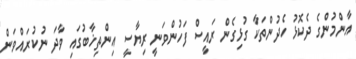
އާންމުންގެ ދެކޮޅު ހެދުންތަކާ ގުޅިގެން ރައީސް ފަހުންވަނީ ރިޔާސީ އިންތިޚާބުގައި ވާދަ ނުކުރައްވަން